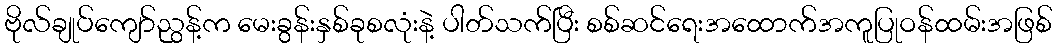
ဗိုလ်ချုပ်ကျော်ညွန့်က မေးခွန်းနှစ်ခုစလုံးနဲ့ ပါတ်သက်ပြီး စစ်ဆင်ရေးအထောက်အကူပြုဝန်ထမ်းအဖြစ်